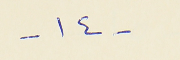
- ١٤ -